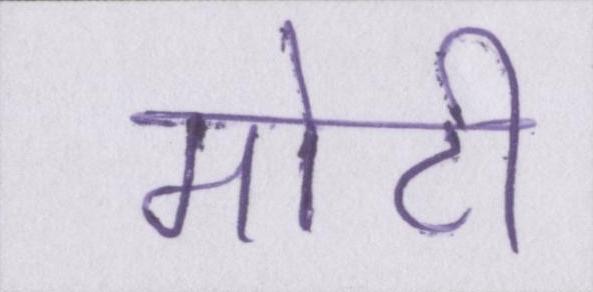
मोटी